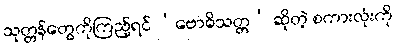
သုတ္တန်တွေကိုကြည့်ရင် ‘ဗောဓိသတ္တ’ ဆိုတဲ့ စကားလုံးကို